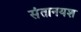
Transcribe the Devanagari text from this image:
संतानयश